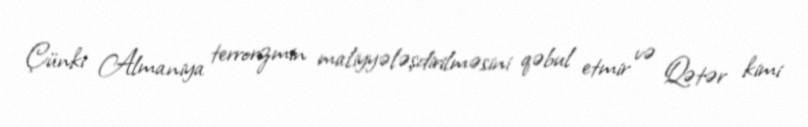
Çünki Almaniya terrorizmin maliyyələşdirilməsini qəbul etmir və Qətər kimi